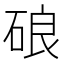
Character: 硠